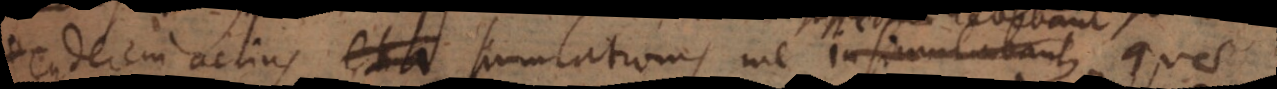
tenderem acrius, et a simulationis me insimulabant